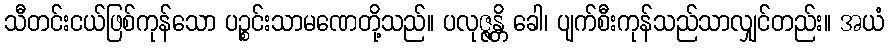
သီတင်းငယ်ဖြစ်ကုန်သော ပဉ္စင်းသာမဏေတို့သည်။ ပလုဇ္ဇန္တိ ခေါ၊ ပျက်စီးကုန်သည်သာလျှင်တည်း။ အယံ